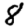
Digit: 8